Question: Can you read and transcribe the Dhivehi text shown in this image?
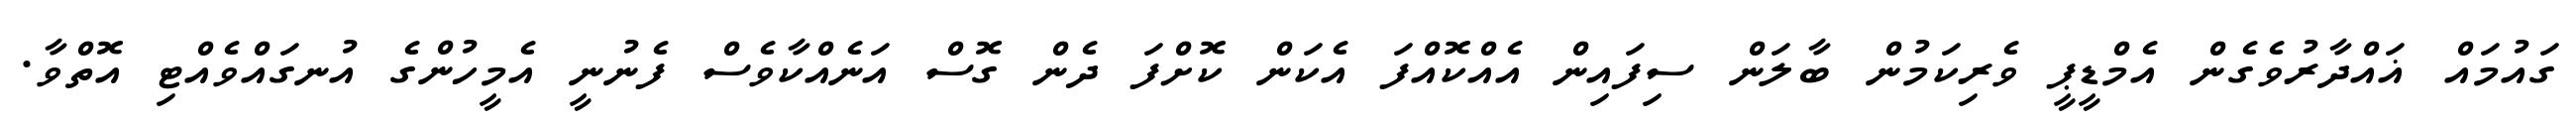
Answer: ގައުމައް ޣައްދާރުވެގެން އެމްޑީޕީ ވެރިކަމުން ބާލަން ސިފައިން އެއްކޮއްފަ އެކަން ކޮށްފަ ދެން ގޮސް އަނެއްކާވެސް ފެނުނީ އެމީހުންގެ އުނގައްވެއްޓި އޮތްވާ.